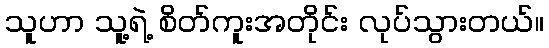
သူဟာ သူ့ရဲ့ စိတ်ကူးအတိုင်း လုပ်သွားတယ်။